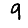
Digit: 9